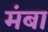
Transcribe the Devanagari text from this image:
मंबा